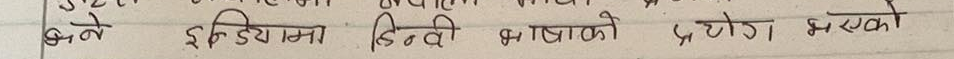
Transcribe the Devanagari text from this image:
बने इण्डियामा हिन्दी भाषाको प्रयोग भएको